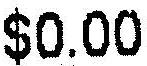
$0.00